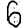
Digit: 6